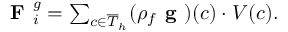
\begin{array} { r } { \textbf { F } _ { i } ^ { g } = \sum _ { c \in \overline { { T } } _ { h } } ( \rho _ { f } \textbf { g } ) ( c ) \cdot V ( c ) . } \end{array}